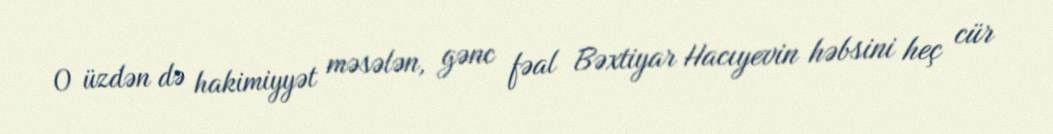
O üzdən də hakimiyyət məsələn, gənc fəal Bəxtiyar Hacıyevin həbsini heç cür